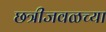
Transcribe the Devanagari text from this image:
छत्रीजवळच्या